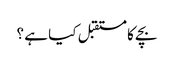
بچے کا مستقبل کیا ہے ؟